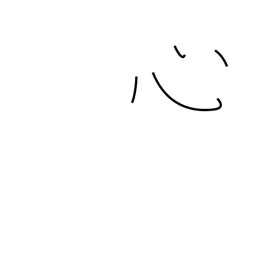
Meaning: heart radical (no. 61)